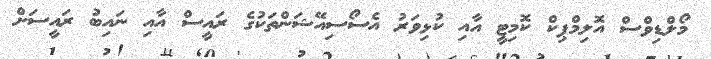
މޯލްޑިވްސް އޮލިމްޕިކް ކޮމިޓީ އާއި ކުޅިވަރު އެސޯސިއޭޝަންތަކުގެ ރައީސް އާއި ނައިބު ރައީސަށް